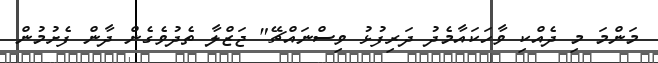
މަންމަ މި ދެއްކި ވާހަކައާމެދު ދަރިފުޅު ވިސްނައްޗޭ" ޖަޒްލާ ތެދުވެގެން ދާން ފެށުމުން